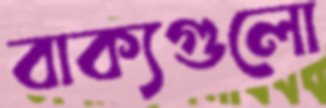
বাক্যগুলো